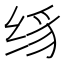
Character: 𰬛